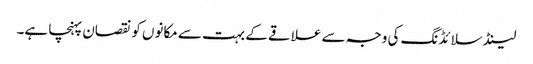
لینڈ سلائڈنگ کی وجہ سے علاقے کے بہت سے مکانوں کو نقصان پہنچا ہے۔